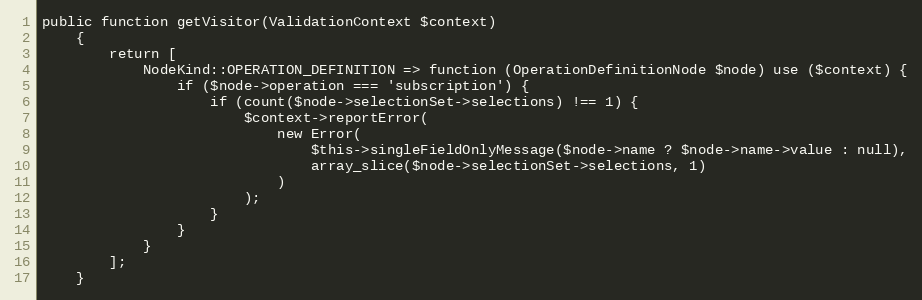
Language: PHP
public function getVisitor(ValidationContext $context)
    {
        return [
            NodeKind::OPERATION_DEFINITION => function (OperationDefinitionNode $node) use ($context) {
                if ($node->operation === 'subscription') {
                    if (count($node->selectionSet->selections) !== 1) {
                        $context->reportError(
                            new Error(
                                $this->singleFieldOnlyMessage($node->name ? $node->name->value : null),
                                array_slice($node->selectionSet->selections, 1)
                            )
                        );
                    }
                }
            }
        ];
    }